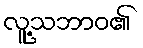
လူ့သဘာဝ၏